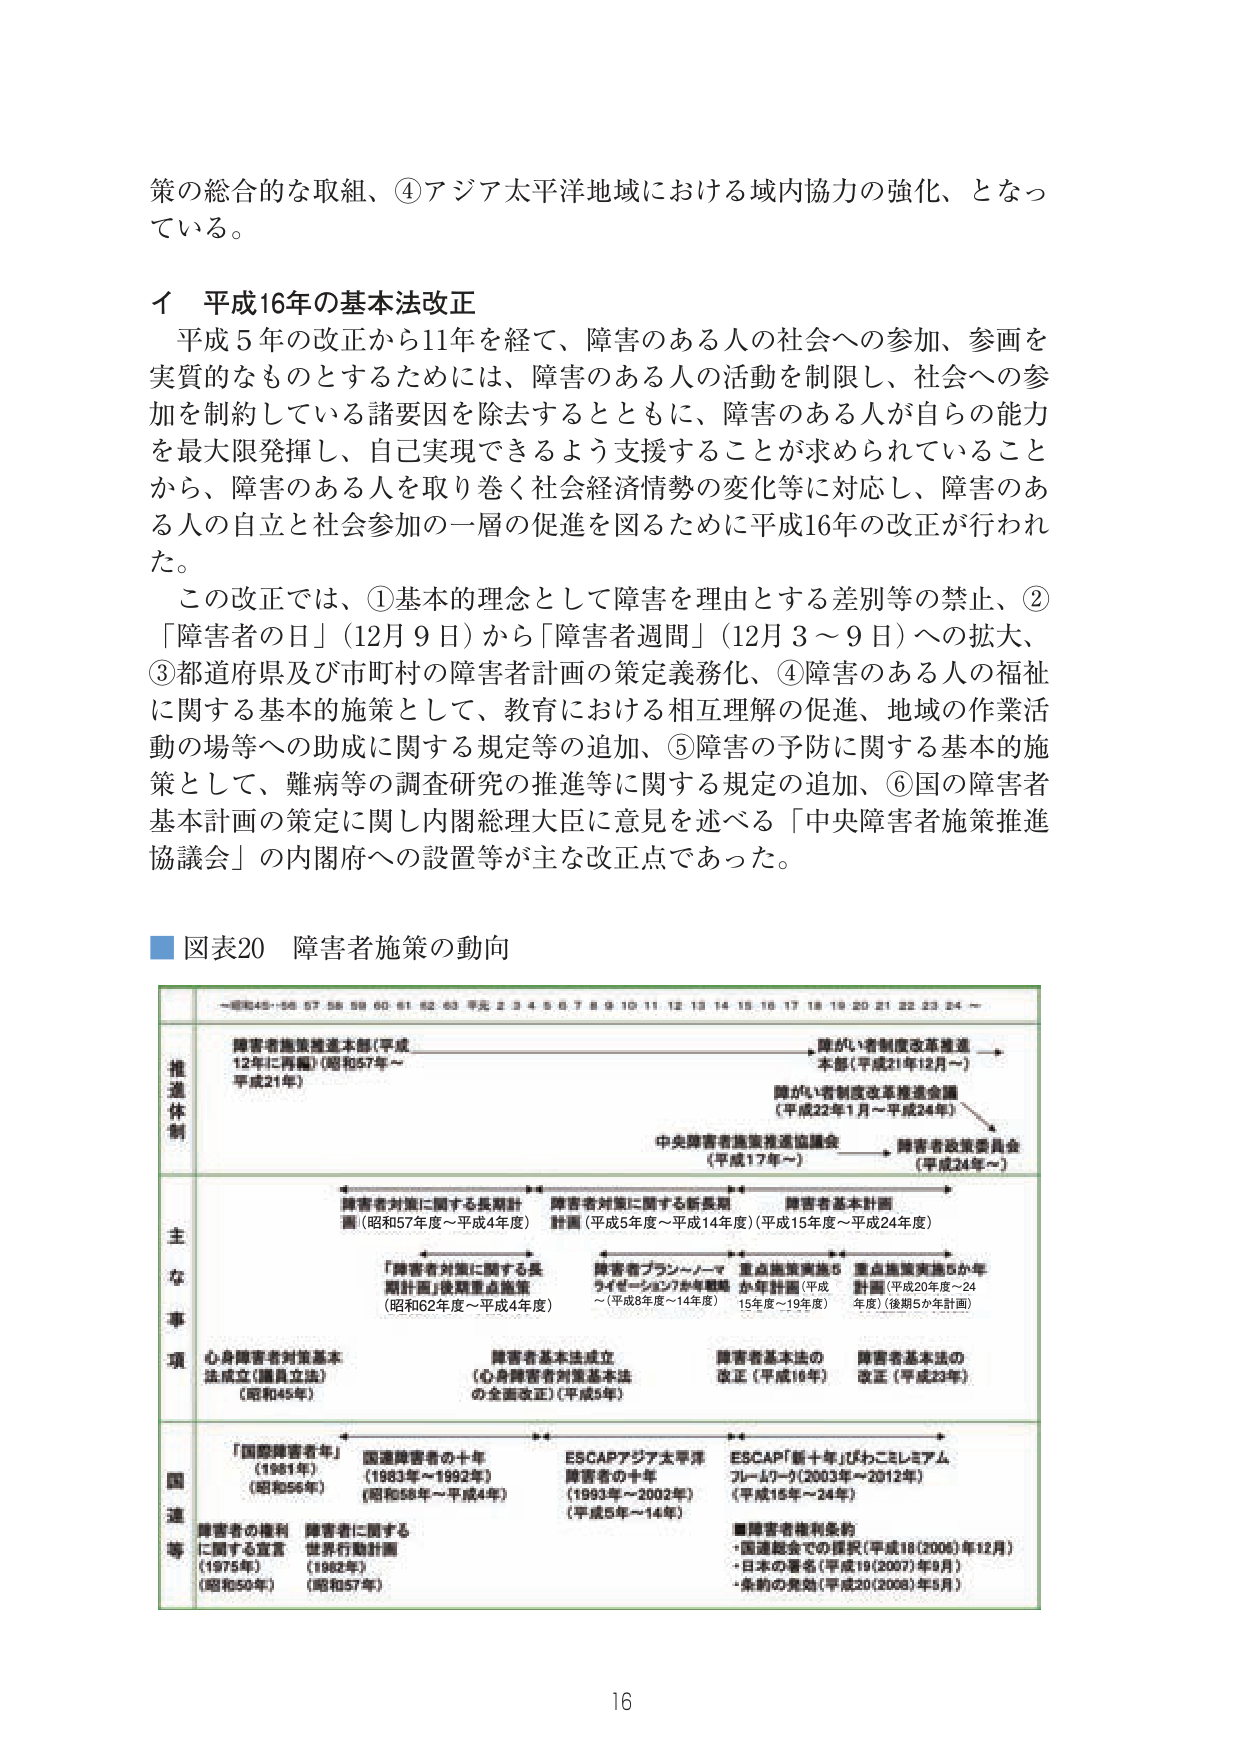
策の総合的な取組、④アジア太平洋地域における域内協力の強化、となっている。

イ 平成16年の基本法改正
平成5年の改正から11年を経て、障害のある人の社会への参加、参画を実質的なものとするためには、障害のある人の活動を制限し、社会への参加を制約している諸要因を除去するとともに、障害のある人が自らの能力を最大限発揮し、自己実現できるよう支援することが求められていることから、障害のある人を取り巻く社会経済情勢の変化等に対応し、障害のある人の自立と社会参加の一層の促進を図るために平成16年の改正が行われた。
この改正では、①基本的理念として障害を理由とする差別等の禁止、②「障害者の日」（12月9日）から「障害者週間」（12月3～9日）への拡大、③都道府県及び市町村の障害者計画の策定義務化、④障害のある人の福祉に関する基本的施策として、教育における相互理解の促進、地域の作業活動の場等への助成に関する規定等の追加、⑤障害の予防に関する基本的施策として、難病等の調査研究の推進等に関する規定の追加、⑥国の障害者基本計画の策定に関し内閣総理大臣に意見を述べる「中央障害者施策推進協議会」の内閣府への設置等が主な改正点であった。

■図表20 障害者施策の動向

→昭和45・56 57 58 59 60 61 62 63 平成 2 3 4 5 6 7 8 9 10 11 12 13 14 15 16 17 18 19 20 21 22 23 24 ←

推進体制
障害者施策推進本部（平成12年に再編）（昭和57年～平成21年）
障がい者制度改革推進本部（平成21年12月～）
障がい者制度改革推進会議（平成22年1月～平成24年）
中央障害者施策推進協議会（平成17年～） → 障害者政策委員会（平成24年～）

主な事項
障害者対策に関する長期計画（昭和57年度～平成4年度）
「障害者対策に関する長期計画」後期重点施策（昭和62年度～平成4年度）
障害者対策に関する新長期計画（平成5年度～平成14年度）
障害者基本計画（平成15年度～平成24年度）
障害者プラン～ノーマライゼーション7か年戦略～（平成8年度～14年度）
重点施策実施5か年計画（平成15年度～19年度）
重点施策実施5か年計画（平成20年度～24年度）（後期5か年計画）

心身障害者対策基本法成立（議員立法）（昭和45年）
障害者基本法成立（心身障害者対策基本法の全面改正）（平成5年）
障害者基本法の改正（平成16年）
障害者基本法の改正（平成23年）

国連等
「国際障害者年」（1981年）（昭和56年）
国連障害者の十年（1983年～1992年）（昭和58年～平成4年）
ESCAPアジア太平洋障害者の十年（1993年～2002年）（平成5年～14年）
ESCAP「新十年」（びわこミレニアムフレームワーク）（2003年～2012年）（平成15年～24年）
■障害者権利条約
・国連総会での採択（平成18（2006）年12月）
・日本の署名（平成19（2007）年5月）
・条約の発効（平成20（2008）年5月）

障害者の権利に関する宣言（1975年）（昭和50年）
障害者に関する世界行動計画（1982年）（昭和57年）

16